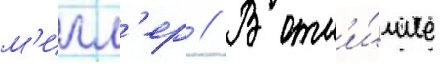
м'илл'ер // В отл'и́чие